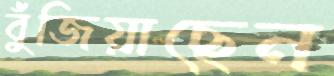
বুঁজিয়াছেন